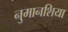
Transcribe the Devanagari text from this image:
नुमानशिया